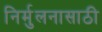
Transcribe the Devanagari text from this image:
निर्मुलनासाठी